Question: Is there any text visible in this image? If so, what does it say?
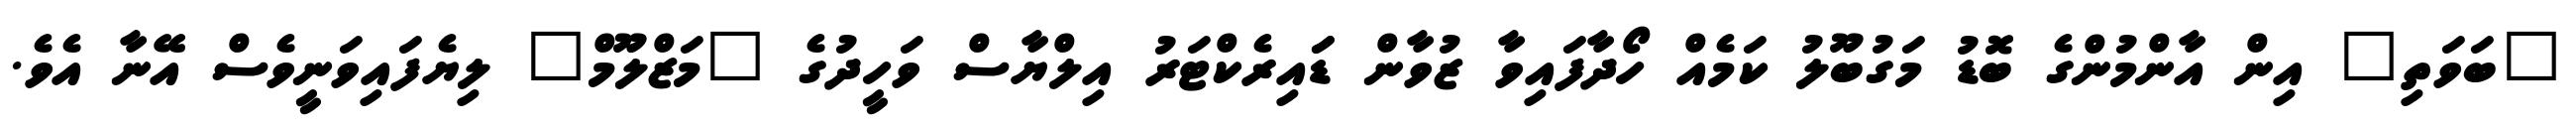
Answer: "ބަވަތި" އިން އާންމުންގެ ބޮޑު މަގުބޫލު ކަމެއް ހޯދާފައިވާ ޒުވާން ޑަައިރެކްޓަރު އިލްޔާސް ވަހީދުގެ "މަޒްލޫމް" ލިޔެފައިވަނީވެސް އޭނާ އެވެ.